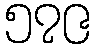
၅၇၉